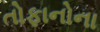
તોફાનોના